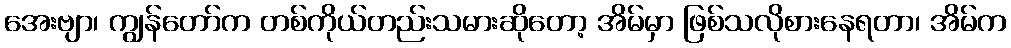
အေးဗျာ၊ ကျွန်တော်က တစ်ကိုယ်တည်းသမားဆိုတော့ အိမ်မှာ ဖြစ်သလိုစားနေရတာ၊ အိမ်က